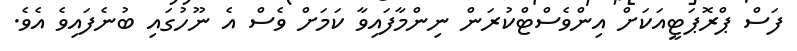
ފަސް ޕްރޮޕަޓީއަކަށް އިންވެސްޓްކުރަން ނިންމާފައިވާ ކަމަށް ވެސް އެ ނޫހުގައި ބުނެފައިވެ އެވެ.